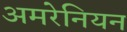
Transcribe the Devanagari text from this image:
अमरेनियन